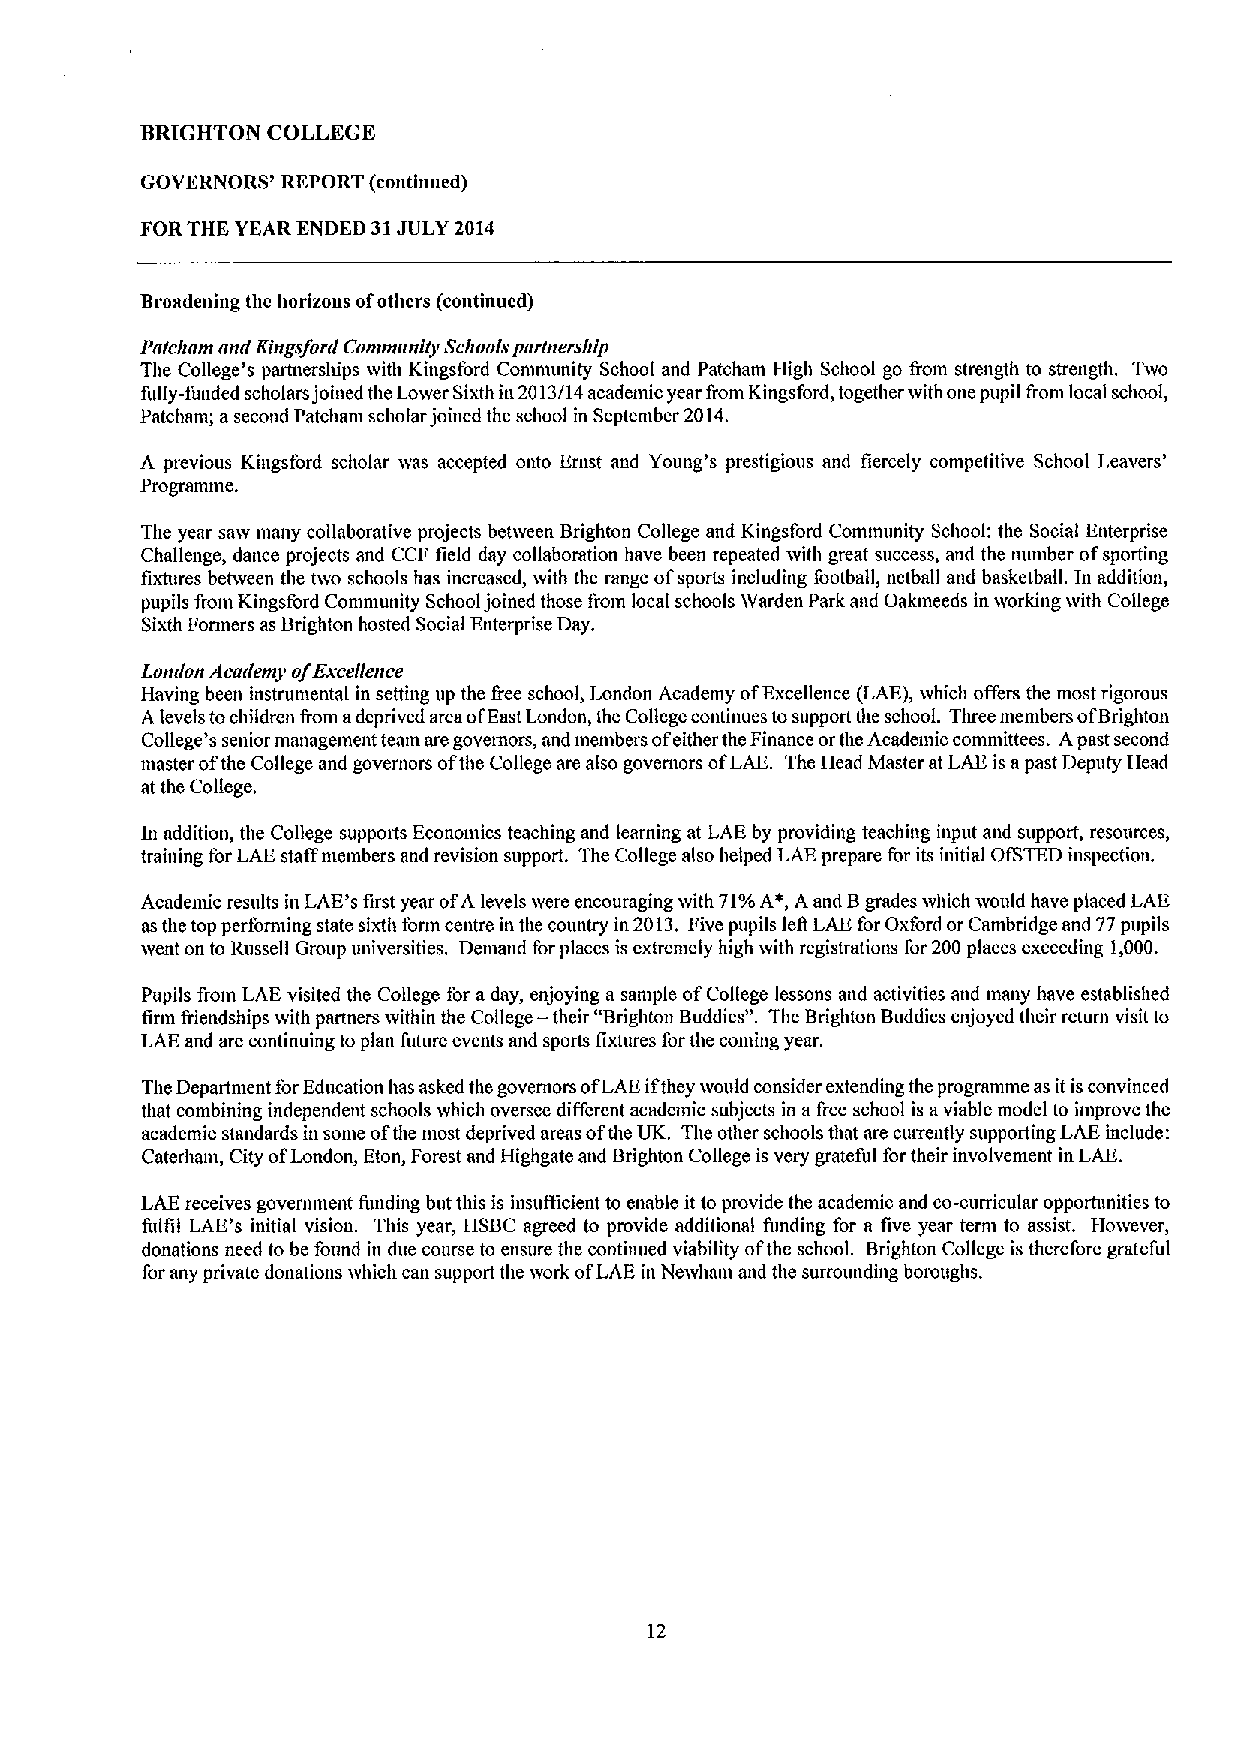
BRIGHTON COLLEGE
 GOVERNORS' REPORT (continued)
 FORTHE YEAR ENDED 31JULY 2014
 Broadening the horizons ofothers (continued)
 Pa/cham aarl Rlngsfortl Community Schools parlners/ilp
 The College's partnerslups ivith Kingsford Community School and Patcham High School go from strength to strength. Two
 fidly-funded scholars joined the Lower Sixth in 2013/14 academic year from Kingsford, together ivith one pupil from local school,
 Patcham; asecond Patcham scholar joined the school in September 2014.
 A previous Kingsford scholar ivas accepted onto Ernst and Young's prestigious and fiercely competitive School Leavers'
 Progmnune.
 The year saiv many collaborative projects betiveen Brighton College and Kingsford Community School: the Social Enterprise
 Challenge, dance projects and CCF field day collabomtion have been repeated with great success, and the munber ofsporting
 fixtures between the two schools has increased, ivith the range ofsports including fiwtball, netball and basketball. In addition,
 pupils from Kingsford Community School joined those from local schools IVarden Park and Oakmeeds in working ivith College
 Sixth Formers as Brighton hosted Social Enterprise Day.
 London Academy ofExcellence
 Having been instrumental in setting up the free school, London Academy ofExcellence (LAE), which offers the most rigorous
 Alevels tochildren &om adeprived area ofEast London, the College continues tosupport the schooL Tluee members ofBrighton
 College's senior management team are governors, and members ofeither the Finance orthe Academic committees. Apast second
 niaster ofthe College and governors ofthe College are also goveniors ofLAE. The Head Master at LAE is apast Deputy Head
 at the College.
 In addition, the College supports Economics teaching and learning at LAE by providing teaching input and support, resources,
 training forLAEstaff members and revision support. The College also helped LAEprepare for its initial OISTED inspection.
 Acadenuc results in LAE's first year ofA levels were encouraging with 71%A*,Aand Bgrades which would have pieced LAE
 asthe top performing state sixth form centre in the country in 2013. Five pupils lefi LAE for Oxford or Cambridge and 77pupils
 ivent on to Russell Group universities. Demand forplaces is extremely high ivith registrations for 200 places exceeding 1,000.
 Pupils from LAE visited the College for aday, enjoying a sample ofCollege lessons and activities and many have established
 finn friendships ivith partners ivithin the College — their "Brightou Buddies". The Brighton Buddies enjoyed their return visit to
 LAE and are continuing to plan future events and sports fixtures forthe coming year.
 The Department forEducation has asked the governors ofLAEifthey ivould consider extending the progranmie as itisconvinced
 that combining independent schools which oversee different academic subjects in afree school is aviable model to improve the
 academic standards in some ofthe most deprived areas ofthe UK. The other schools that are currently supporting LAE include:
 Caterham, City ofLondon, Eton, Forest and Highgate and Brighton College is very grateful for their involvement in LAE.
 LAE receives governinent fiinding but this is insufficient to enable it to pmvide the acadeniic and co-curricular opportunities to
 fulfil LAE's initial visiou. This year, HSBC agreed to provide additional funding for a five year term to assist. However,
 donations need to be found in due course to ensure the continued viability ofthe school. Brighton College is therefore grateful
 for any private donations ivhich can support the ivork ofLAE in Neivham and the surrounding bomughs.
 12